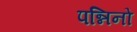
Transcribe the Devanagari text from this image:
पन्निनो